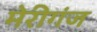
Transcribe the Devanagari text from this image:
मेरीगंज